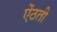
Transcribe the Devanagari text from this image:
ऐंठती